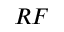
R F